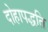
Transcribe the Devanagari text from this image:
दोहापद्धति